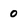
Character: 0